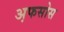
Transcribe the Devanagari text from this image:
अ़फसोस